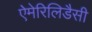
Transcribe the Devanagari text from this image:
ऐमेरिलिडैसी